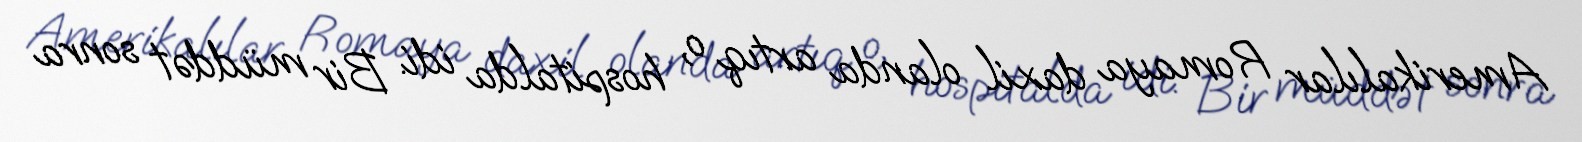
Amerikalılar Romaya daxil olanda artıq o, hospitalda idi. Bir müddət sonra